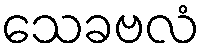
သေခဗလံ